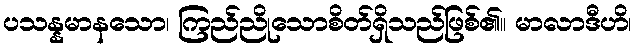
ပသန္နမာနသော၊ ကြည်ညိုသောစိတ်ရှိသည်ဖြစ်၏။ မာလာဒီဟိ၊